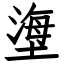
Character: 塰